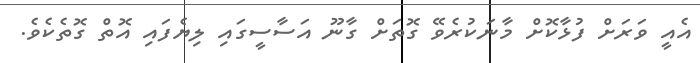
އެއީ ވަރަށް ފުޅާކޮށް މާނަކުރެވޭ ގޮތަށް ގާނޫ އަސާސީގައި ލިޔެފައި އޮތް ގޮތެކެވެ.